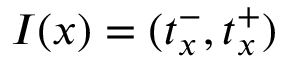
I ( x ) = ( t _ { x } ^ { - } , t _ { x } ^ { + } )